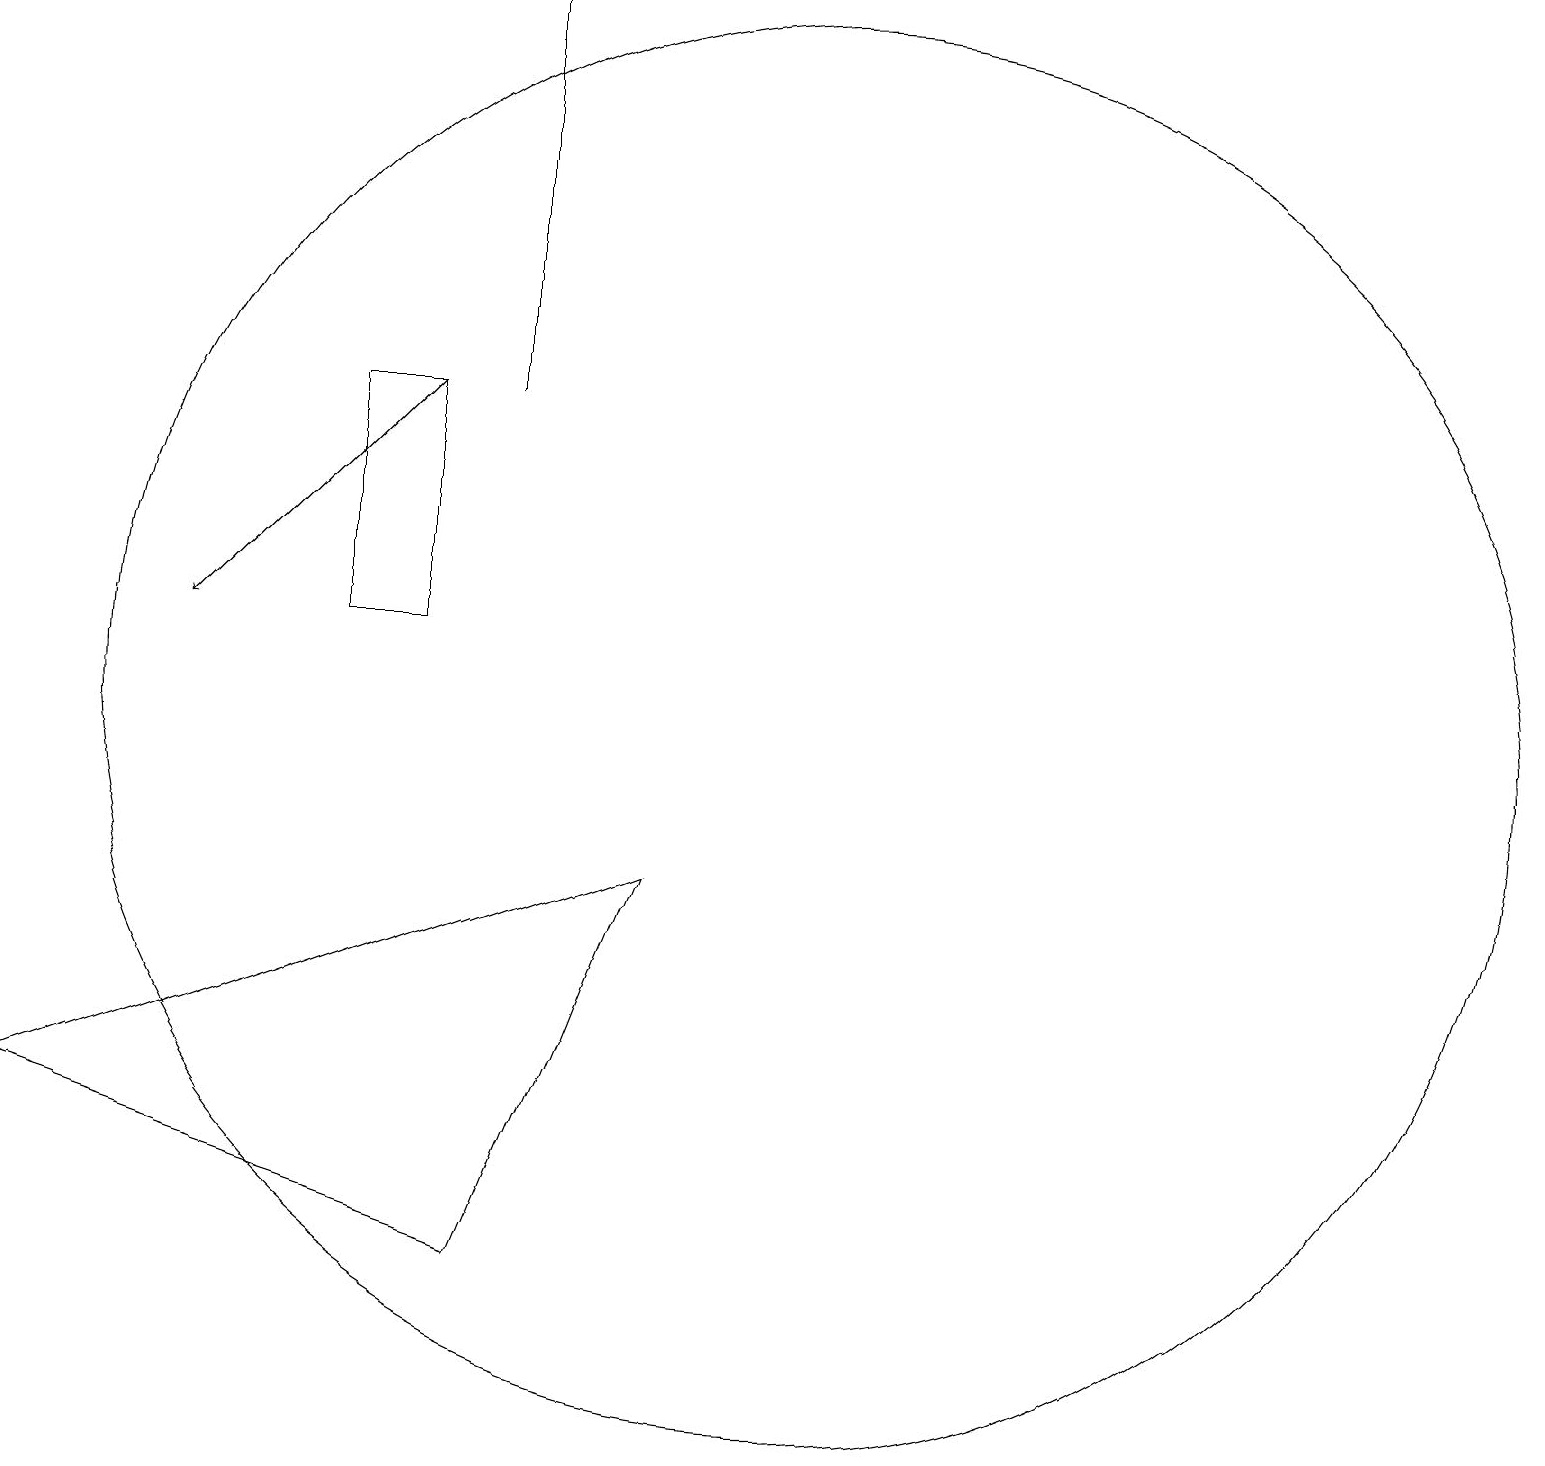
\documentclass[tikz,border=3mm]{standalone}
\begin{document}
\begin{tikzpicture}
\draw (5,11) rectangle (6,14);
\draw (7,19) rectangle (7,14);
\draw (11,10) circle (9);
\draw (9,8) -- (1,5) -- (7,3) -- cycle;
\draw[->] (6,14) -- (3,11);
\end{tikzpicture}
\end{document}